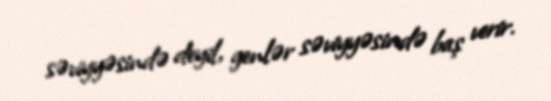
səviyyəsində deyil, genlər səviyyəsində baş verir.